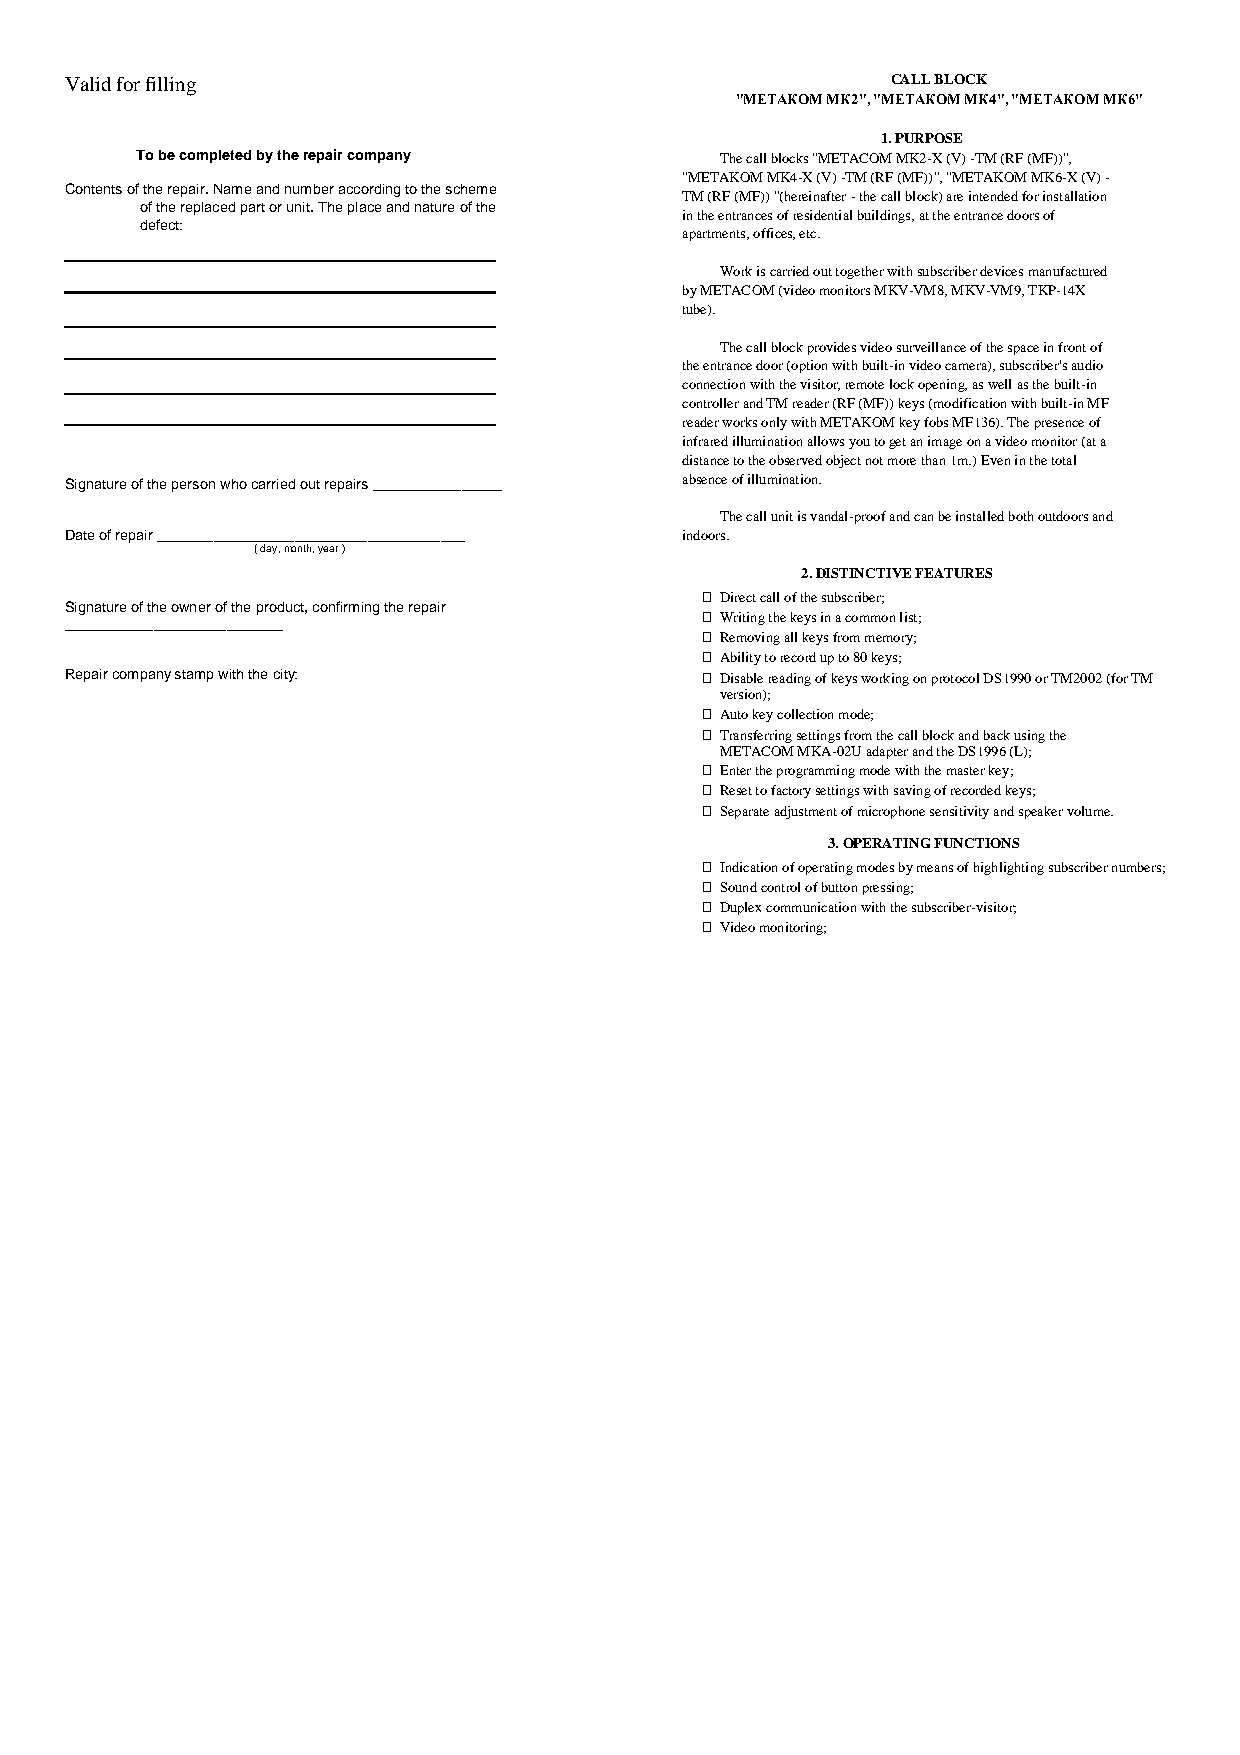
Valid for filling                                      CALL BLOCK
 "МЕТАКОМ МК2", "МЕТАКОМ МК4", "МЕТАКОМ МК6"
 1. PURPOSE
 To be completed by the repair company  The call blocks "METACOM MK2-X (V) -TM (RF (MF))",
 "METAKOM MK4-X (V) -TM (RF (MF))", "METAKOM MK6-X (V) -
 Contents of the repair. Name and number according to the scheme
 TM (RF (MF)) "(hereinafter - the call block) are intended for installation
 of the replaced part or unit. The place and nature of the
 defect:
 in the entrances of residential buildings, at the entrance doors of
 apartments, offices, etc.
 Work is carried out together with subscriber devices manufactured
 by METACOM (video monitors MKV-VM8, MKV-VM9, TKP-14X
 tube).
 The call block provides video surveillance of the space in front of
 the entrance door (option with built-in video camera), subscriber's audio
 connection with the visitor, remote lock opening, as well as the built-in
 controller and TM reader (RF (MF)) keys (modification with built-in MF
 reader works only with METAKOM key fobs MF136). The presence of
 infrared illumination allows you to get an image on a video monitor (at a
 distance to the observed object not more than 1m.) Even in the total
 Signature of the person who carried out repairs ________________ absence of illumination.
 The call unit is vandal-proof and can be installed both outdoors and
 D ate of repair ______________________________________ indoors.
 ( day, month, year )
 2. DISTINCTIVE FEATURES
   Direct call of the subscriber;
 Signature of the owner of the product, confirming the repair
 ___________________________                Writing the keys in a common list;
   Removing all keys from memory;
   Ability to record up to 80 keys;
 Repair company stamp with the city:        Disable reading of keys working on protocol DS1990 or TM2002 (for TM
   version);
   Auto key collection mode;
  Transferring settings from the call block and back using the
 METACOM MKA-02U adapter and the DS1996 (L);
   Enter the programming mode with the master key;
   Reset to factory settings with saving of recorded keys;
  Separate adjustment of microphone sensitivity and speaker volume.
 
 3. OPERATING FUNCTIONS
   Indication of operating modes by means of highlighting subscriber numbers;
   Sound control of button pressing;
   Duplex communication with the subscriber-visitor;
  Video monitoring;